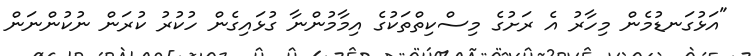
"އަޅުގަނޑުމެން މިހާރު އެ ރަށުގެ މިސްކިތްތަކުގެ އިމާމުންނާ ގުޅައިގެން ހުކުރު ކުރަން ނުކުންނަން